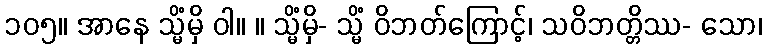
၁၀၅။ အာနေ သ္မိံမှိ ဝါ။ ။ သ္မိံမှိ- သ္မိံ ဝိဘတ်ကြောင့်၊ သဝိဘတ္တိဿ- သော၊